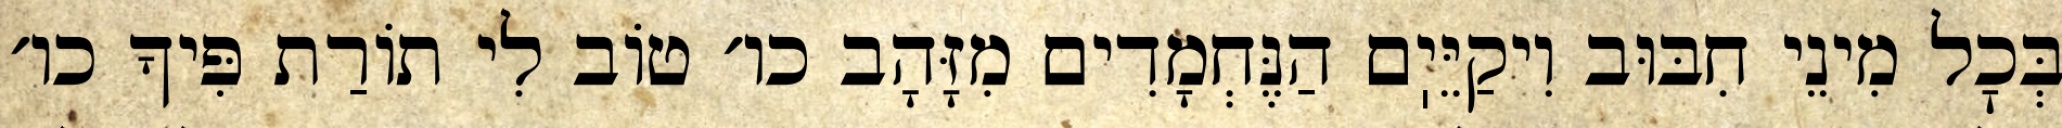
בְּכׇל מִינֵי חִבּוּב וִיקַיֵּיֽם הַנֶּחְמָדִים מִזָּהָב כו׳ טוֹב לִי תוֹרַת פִּיךָ כו׳